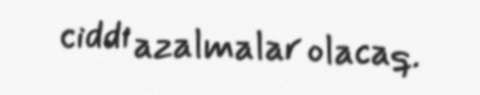
ciddi azalmalar olacaq.